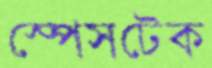
স্পেসটেক